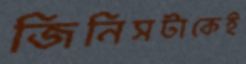
জিনিসটাকেই